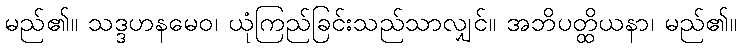
မည်၏။ သဒ္ဒဟနမေဝ၊ ယုံကြည်ခြင်းသည်သာလျှင်။ အဘိပတ္ထိယနာ၊ မည်၏။